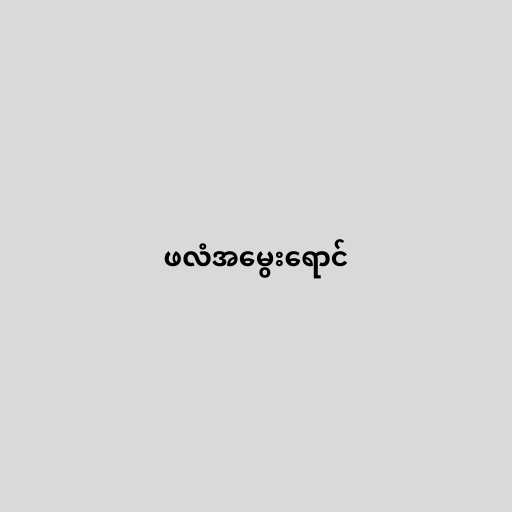
ဖလံအမွေးရောင်